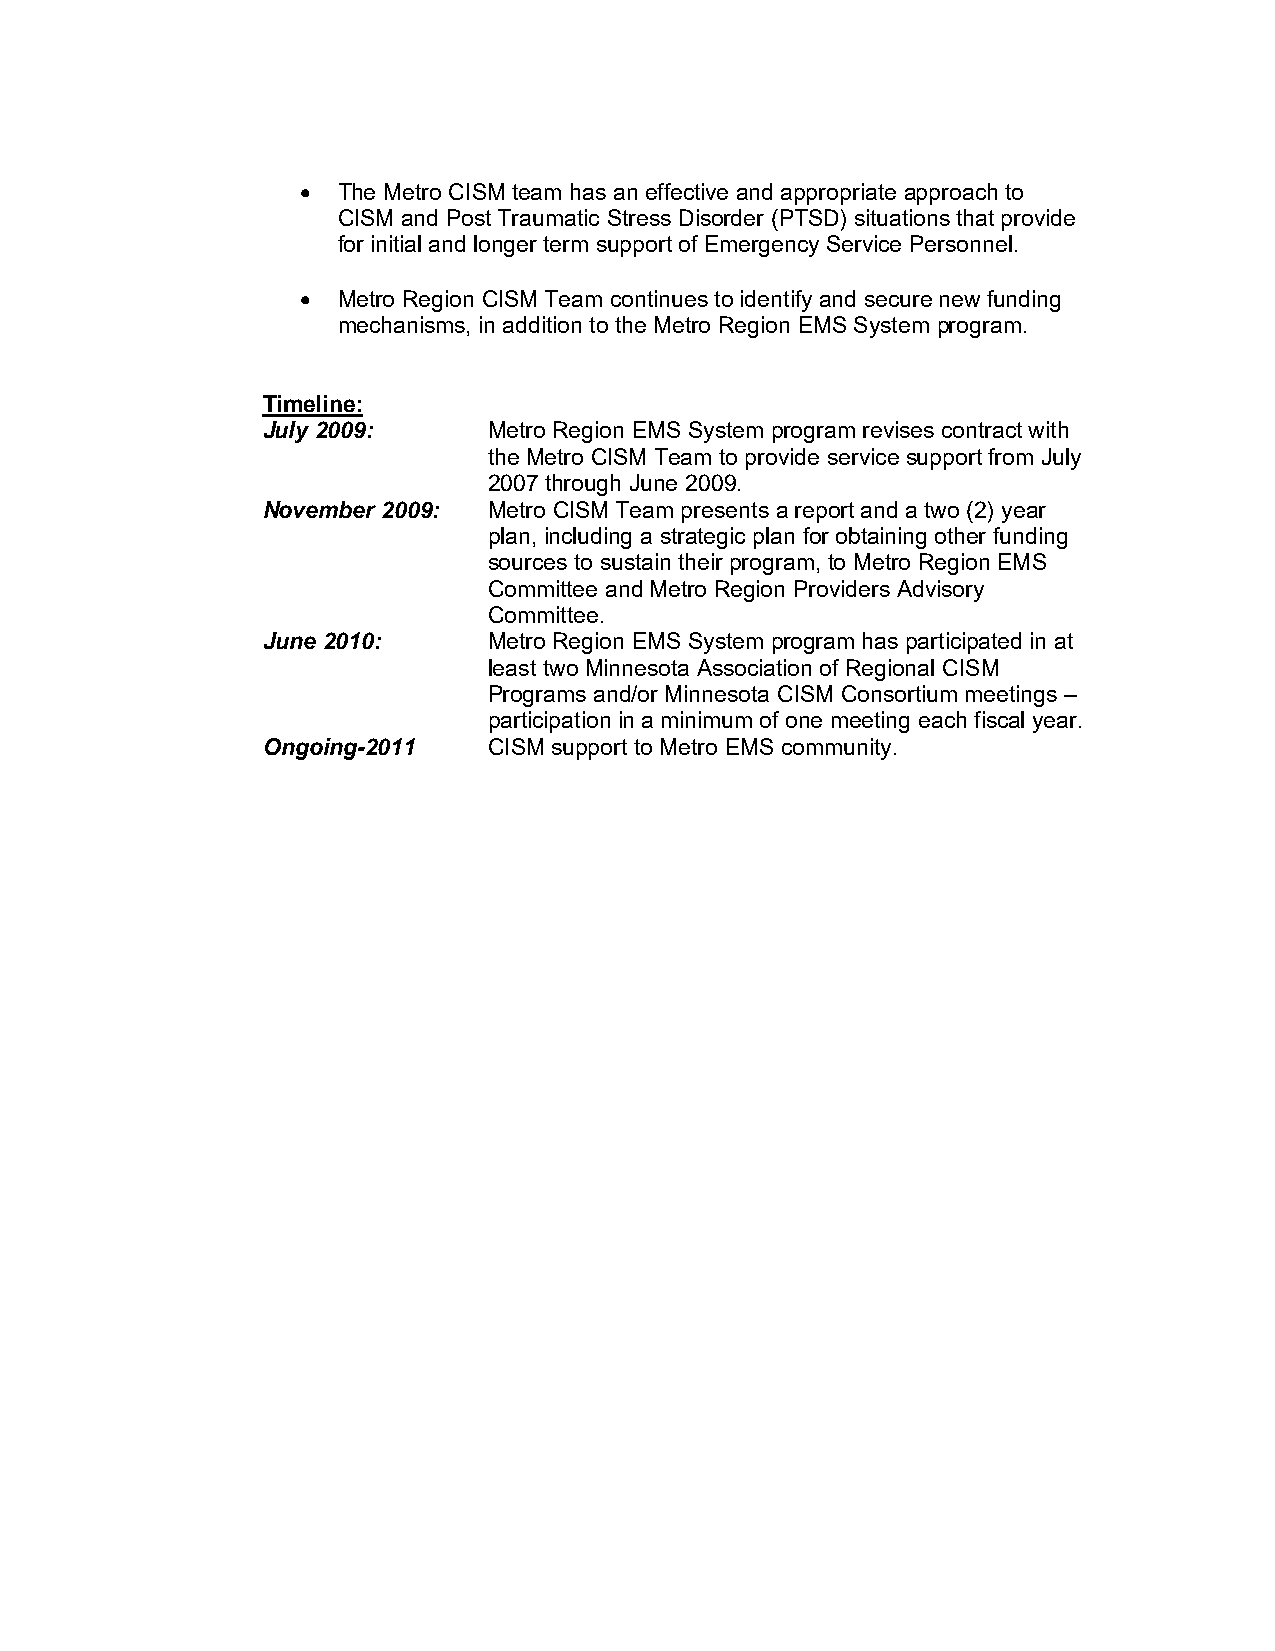
• The Metro CISM team has an effective and appropriate approach to
 CISM and Post Traumatic Stress Disorder (PTSD) situations that provide
 for initial and longer term support of Emergency Service Personnel.
 • Metro Region CISM Team continues to identify and secure new funding
 mechanisms, in addition to the Metro Region EMS System program.
 Timeline:
 July 2009:     Metro Region EMS System program revises contract with
 the Metro CISM Team to provide service support from July
 2007 through June 2009.
 November 2009: Metro CISM Team presents a report and a two (2) year
 plan, including a strategic plan for obtaining other funding
 sources to sustain their program, to Metro Region EMS
 Committee and Metro Region Providers Advisory
 Committee.
 June 2010:     Metro Region EMS System program has participated in at
 least two Minnesota Association of Regional CISM
 Programs and/or Minnesota CISM Consortium meetings –
 participation in a minimum of one meeting each fiscal year.
 Ongoing-2011   CISM support to Metro EMS community.